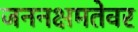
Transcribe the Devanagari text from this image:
जननक्षमतेवर